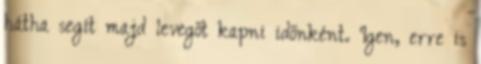
hátha segít majd levegőt kapni időnként. Igen, erre is